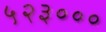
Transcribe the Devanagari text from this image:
५२३०००